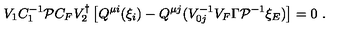
V _ { 1 } C _ { 1 } ^ { - 1 } { \cal P } C _ { F } V _ { 2 } ^ { \dagger } \left[ Q ^ { \mu i } ( \xi _ { i } ) - Q ^ { \mu j } ( V _ { 0 j } ^ { - 1 } V _ { F } \Gamma { \cal P } ^ { - 1 } \xi _ { E } ) \right] = 0 \ .